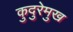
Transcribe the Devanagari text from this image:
कुदुरेमुख